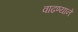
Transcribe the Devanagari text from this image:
वाढण्याने